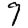
Digit: 9